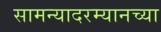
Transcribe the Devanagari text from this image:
सामन्यादरम्यानच्या